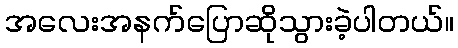
အလေးအနက်ပြောဆိုသွားခဲ့ပါတယ်။